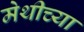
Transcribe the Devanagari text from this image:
मेथीच्या